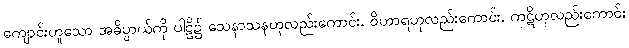
ကျောင်းဟူသော အဓိပ္ပာယ်ကို ပါဠိ၌ သေနာသနဟုလည်းကောင်း, ဝိဟာရဟုလည်းကောင်း, ကုဋိဟုလည်းကောင်း